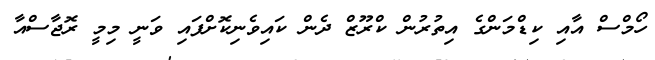
ހޯމްސް އާއި ކިޑްމަންގެ އިތުރުން ކްރޫޒް ދެން ކައިވެނިކޮށްފައި ވަނީ މިމީ ރޮޖާސްއާ